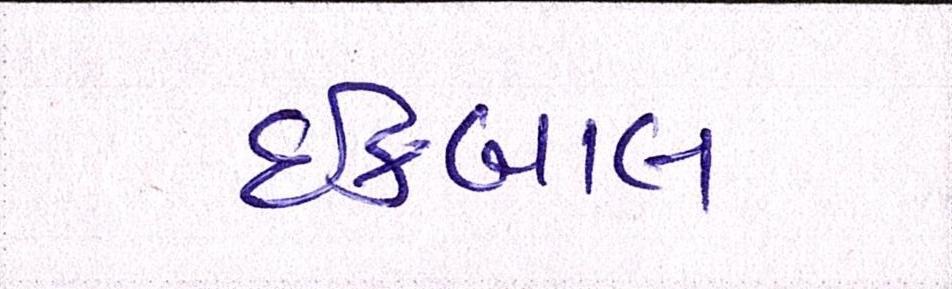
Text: ઈકબાલ